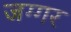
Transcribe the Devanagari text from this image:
जग्गर